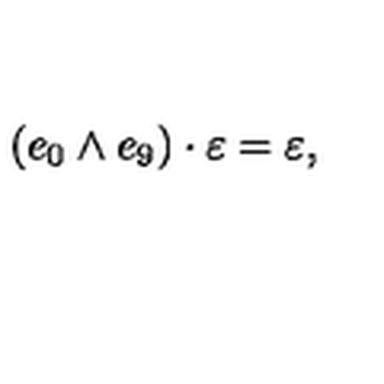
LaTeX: \left( e _ { 0 } \wedge e _ { 9 } \right) \cdot \varepsilon = \varepsilon ,